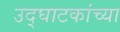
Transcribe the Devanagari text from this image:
उद्घाटकांच्या